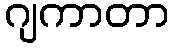
ဂျကာတာ